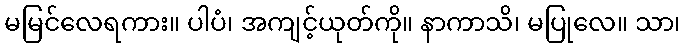
မမြင်လေရကား။ ပါပံ၊ အကျင့်ယုတ်ကို။ နာကာသိ၊ မပြုလေ။ သာ၊